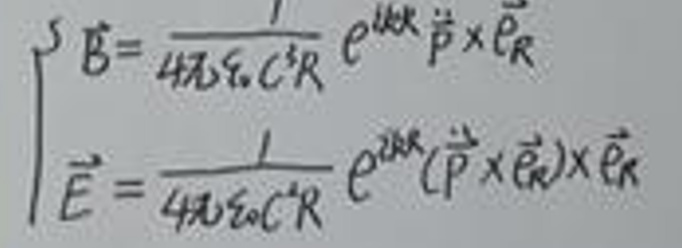
\[
\begin{cases}
\vec{B}=\frac{1}{4\pi\varepsilon_0 c^3 R} e^{i k R} \ddot{\vec{p}} \times \vec{e}_R \\
\vec{E}=\frac{1}{4\pi\varepsilon_0 c^4 R} e^{i k R} (\ddot{\vec{p}} \times \vec{e}_R) \times \vec{e}_R
\end{cases}
\]